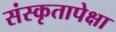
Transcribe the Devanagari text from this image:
संस्कृतापेक्षा